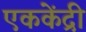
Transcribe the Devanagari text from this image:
एककेंद्री